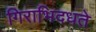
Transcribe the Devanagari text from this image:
गिराभिदधते